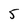
Character: 5